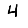
Digit: 4